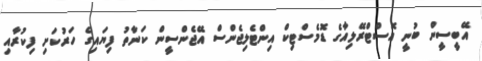
އޭބީސީން ބުނީ އޮސްޓްރޭލިއާގެ ޑޮމެސްޓިކް އިންޓެލިޖެންސް އޭޖެންސީން ކަނާތު ފިޔައިގެ ހަރުކަށި ފިކުރާއި